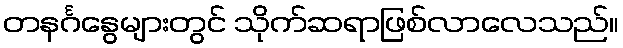
တနင်္ဂနွေများတွင် သိုက်ဆရာဖြစ်လာလေသည်။